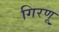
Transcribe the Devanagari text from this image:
गिरणू